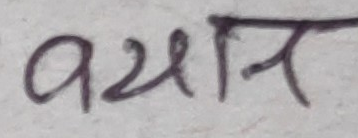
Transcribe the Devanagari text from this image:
वयान